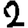
Digit: 2